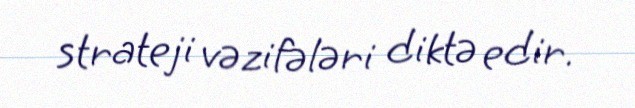
strateji vəzifələri diktə edir.